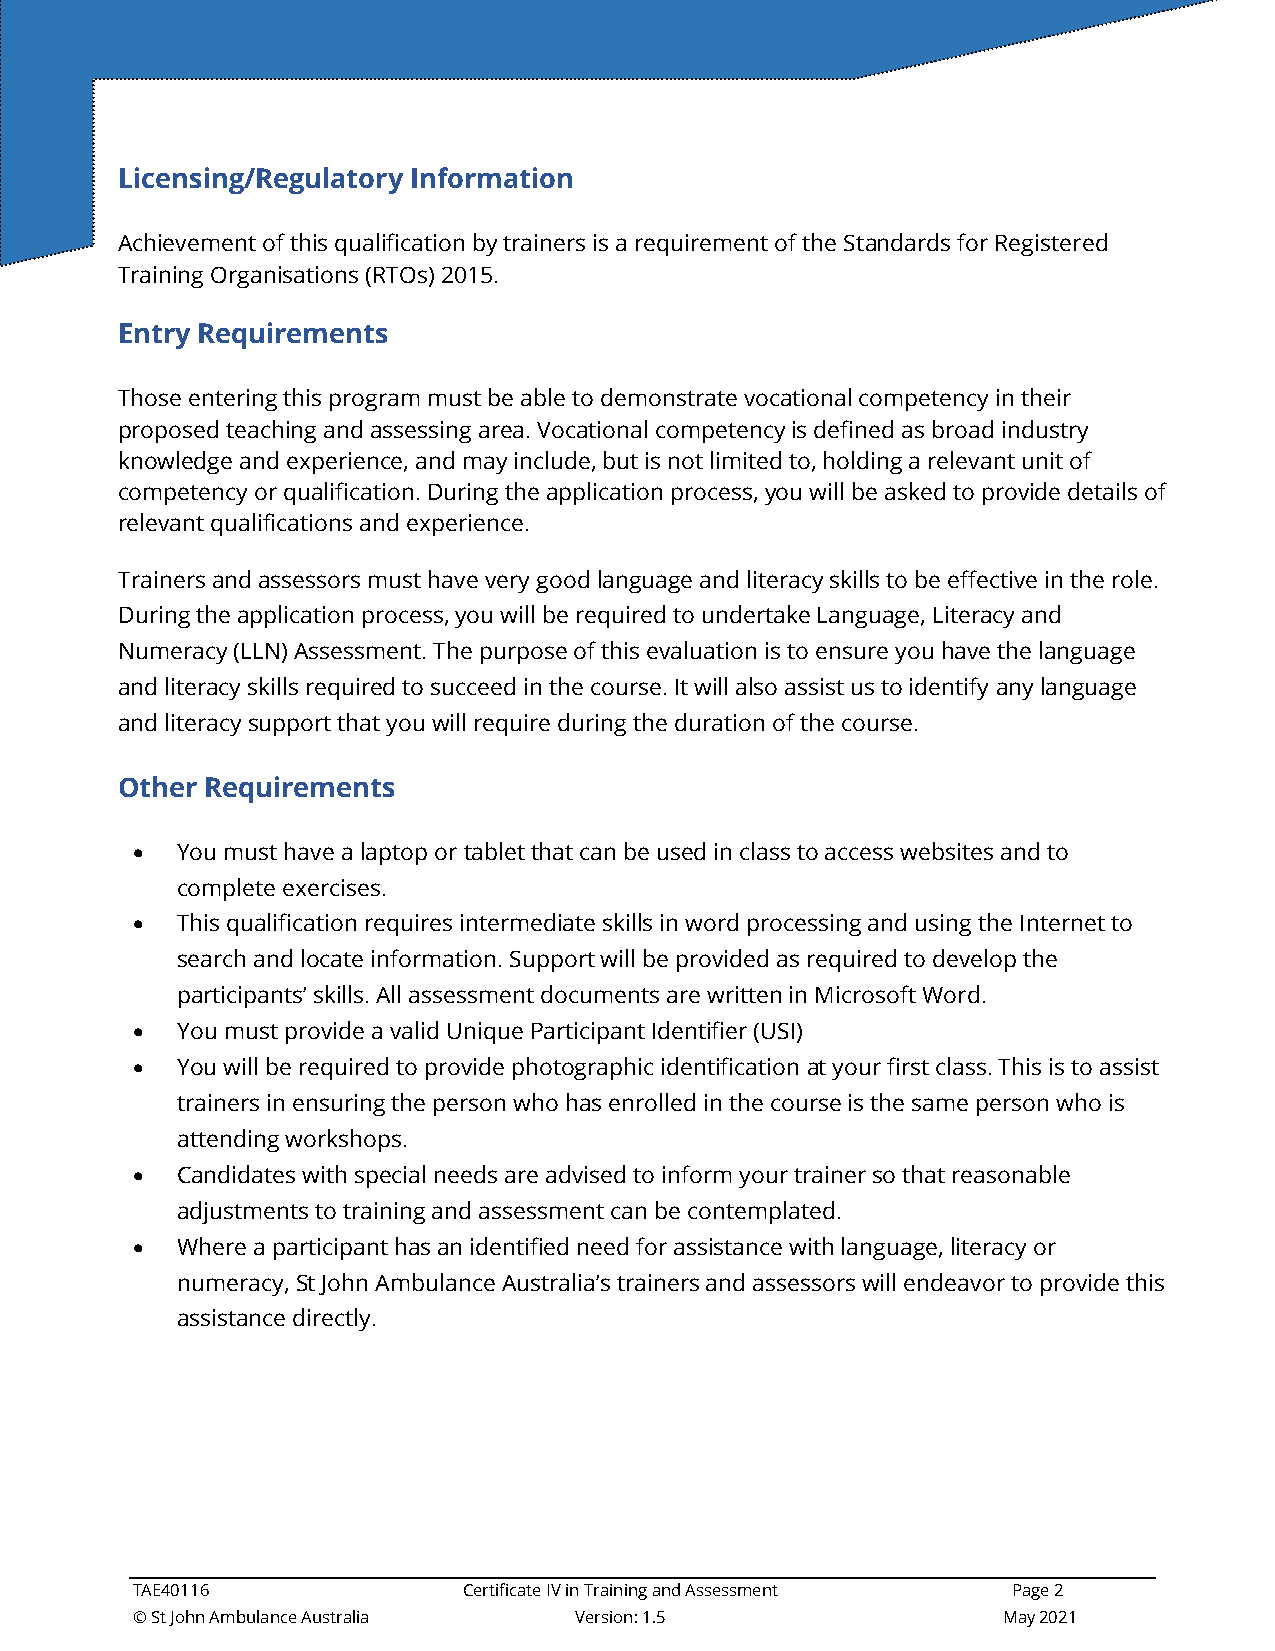
Licensing/Regulatory Information
 Achievement of this qualification by trainers is a requirement of the Standards for Registered
 Training Organisations (RTOs) 2015.
 Entry Requirements
 Those entering this program must be able to demonstrate vocational competency in their
 proposed teaching and assessing area. Vocational competency is defined as broad industry
 knowledge and experience, and may include, but is not limited to, holding a relevant unit of
 competency or qualification. During the application process, you will be asked to provide details of
 relevant qualifications and experience.
 Trainers and assessors must have very good language and literacy skills to be effective in the role.
 During the application process, you will be required to undertake Language, Literacy and
 Numeracy (LLN) Assessment. The purpose of this evaluation is to ensure you have the language
 and literacy skills required to succeed in the course. It will also assist us to identify any language
 and literacy support that you will require during the duration of the course.
 Other Requirements
 •  You must have a laptop or tablet that can be used in class to access websites and to
 complete exercises.
 •  This qualification requires intermediate skills in word processing and using the Internet to
 search and locate information. Support will be provided as required to develop the
 participants’ skills. All assessment documents are written in Microsoft Word.
 •  You must provide a valid Unique Participant Identifier (USI)
 •  You will be required to provide photographic identification at your first class. This is to assist
 trainers in ensuring the person who has enrolled in the course is the same person who is
 attending workshops.
 •  Candidates with special needs are advised to inform your trainer so that reasonable
 adjustments to training and assessment can be contemplated.
 •  Where a participant has an identified need for assistance with language, literacy or
 numeracy, St John Ambulance Australia’s trainers and assessors will endeavor to provide this
 assistance directly.
 TAE40116              Certificate IV in Training and Assessment Page 2
 © St John Ambulance Australia Version: 1.5               May 2021